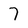
Character: 7